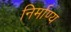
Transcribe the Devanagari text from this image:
निर्माण्य